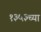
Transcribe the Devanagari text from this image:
१३५३च्या